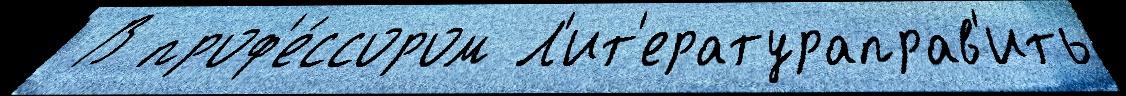
 В проф'е́ссором Л'ит'ератураправ'ить